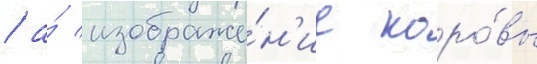
/ а́ изображе́н'ие коро́вы